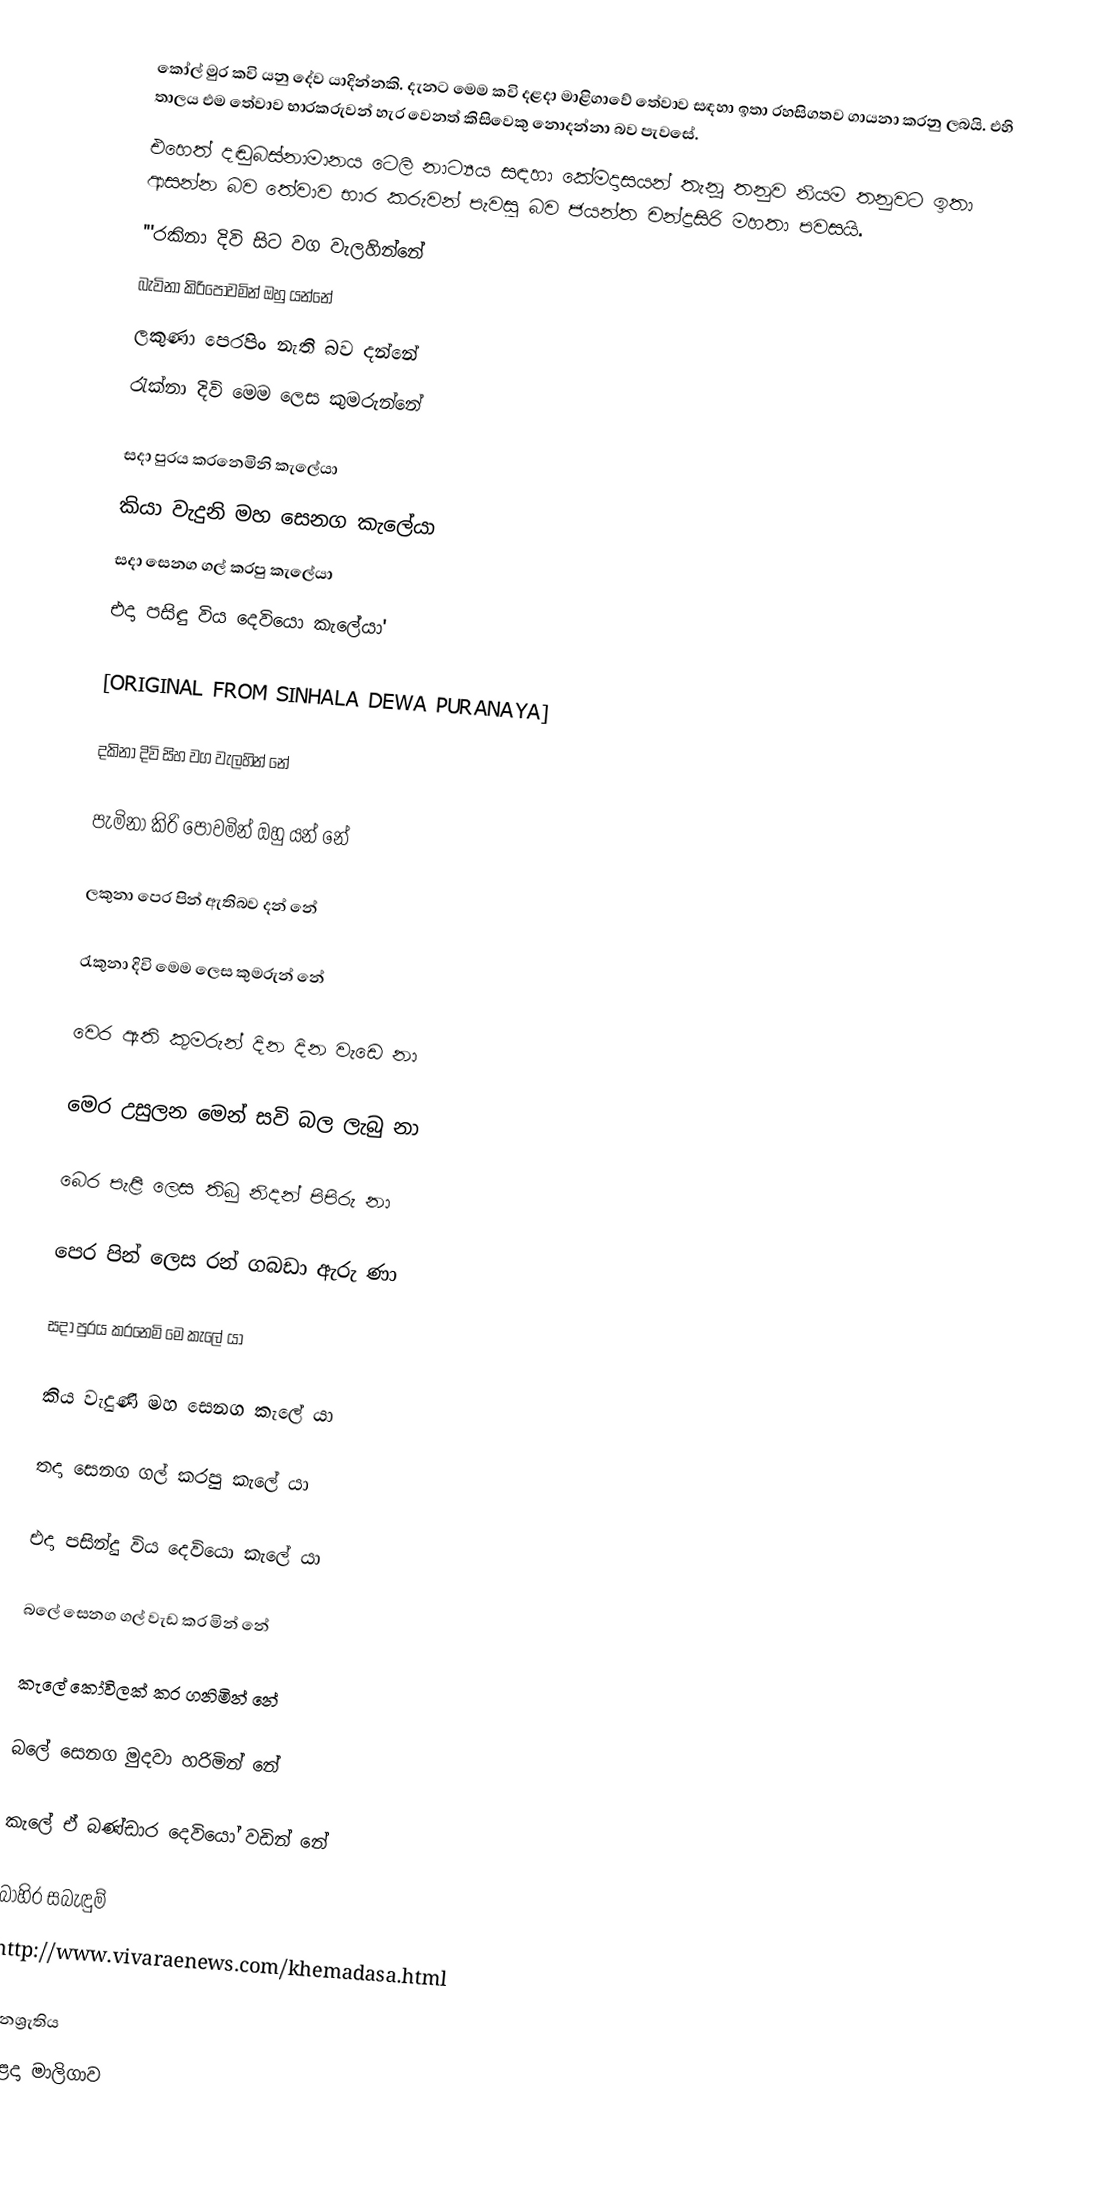
කෝල් මුර කවි යනු දේව යාදින්නකි. දැනට මෙම කවි දළදා මාළිගාවේ තේවාව සඳහා ඉතා රහසිගතව ගායනා කරනු ලබයි. එහි තාලය එම තේවාව භාරකරුවන් හැර වෙනත් කිසිවෙකු නොදන්නා බව පැවසේ.
එහෙත් දඬුබස්නාමානය ටෙලි නාට්‍යය සඳහා කේමදාසයන් තැනූ තනුව නියම තනුවට ඉතා ආසන්න බව තේවාව භාර කරුවන් පැවසූ බව ජයන්ත චන්ද්‍රසිරි මහතා පවසයි.
 '''රකිනා දිවි සිට වග වැලහින්නේ
 බැවිනා කිරිපොවමින් ඔහු යන්නේ
 ලකුණා පෙරපිං නැති බව දන්නේ
 රැක්නා දිවි මෙම ලෙස කුමරුන්නේ

 සදා පුරය කරනෙමිනි කැලේයා
 කියා වැදුනි මහ සෙනග කැලේයා
 සදා සෙනග ගල් කරපු කැලේයා
 එදා පසිඳු විය දෙවියො කැලේයා'

[ORIGINAL FROM SINHALA DEWA PURANAYA]

දකිනා දිවි සිහ වග වැලහින්                නේ

පැමිනා කිරි පොවමින් ඔහු යන්          නේ 

ලකුනා පෙර පින් ඇතිබව දන්             නේ

රැකුනා  දිවි  මෙම ලෙස කුමරුන්        නේ

වෙර ඇති කුමරුන් දින දින වැඩෙ       නා

මෙර උසුලන මෙන් සවි බල ලැබු         නා

බෙර පැළි ලෙස තිබු නිදන් පිපිරු        නා

පෙර පින් ලෙස රන් ගබඩා ඇරු         ණා

සදා පුරය කරනෙමි මෙ කැලේ           යා

කිය වැදුණි මහ සෙනග කැලේ           යා

තදා සෙනග ගල් කරපු කැලේ            යා

එදා පසින්දු විය දෙවියො කැලේ         යා

බලේ සෙනග ගල් වැඩ කර මින්       නේ

කැලේ කෝවිලක් කර ගනිමින්         නේ

බලේ සෙනග මුදවා හරිමින්             නේ 

කැලේ ඒ බණ්ඩාර දෙවියෝ වඩින්    නේ

බාහිර සබැඳුම්
 http://www.vivaraenews.com/khemadasa.html

ජනශ්‍රැතිය
දළදා මාලිගාව